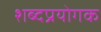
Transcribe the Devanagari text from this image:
शब्दप्रयोगक